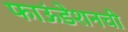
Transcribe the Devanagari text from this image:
फाऊंडेशनची